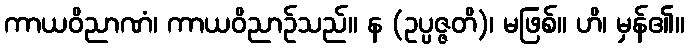
ကာယဝိညာဏံ၊ ကာယဝိညာဉ်သည်။ န (ဥပ္ပဇ္ဇတိ)၊ မဖြစ်။ ဟိ၊ မှန်၏။